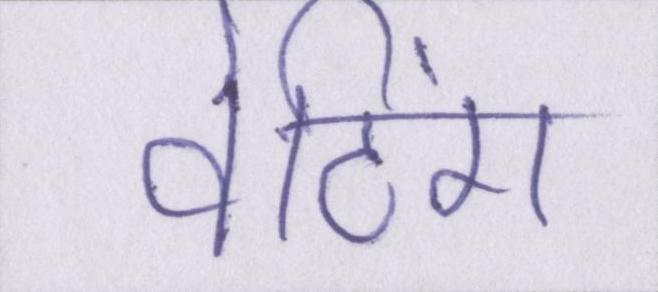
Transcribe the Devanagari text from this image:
वेटिंग